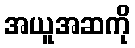
အယူအဆကို